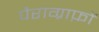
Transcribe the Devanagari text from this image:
पैराग्राफ़ों